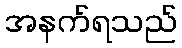
အနက်ရသည်